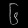
Digit: ၆